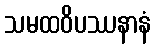
သမထဝိပဿနာနံ